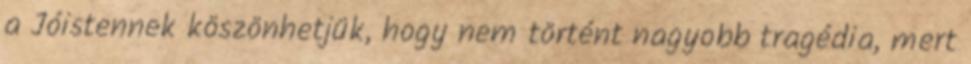
a Jóistennek köszönhetjük, hogy nem történt nagyobb tragédia, mert